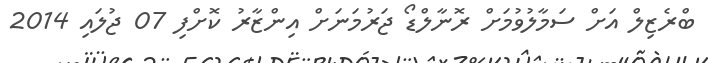
ބްރެޒިލް އަށް ސަމާލުވުމަށް ރޮނާލްޑޯ ޖަރުމަނަށް އިންޒާރު ކޮށްފި 07 ޖުލައި 2014